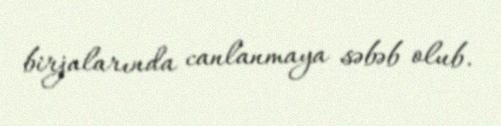
birjalarında canlanmaya səbəb olub.